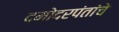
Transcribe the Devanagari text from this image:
दमोदरपंतांचे